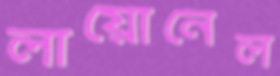
লায়োনেল